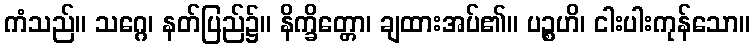
ကံသည်။ သဂ္ဂေ၊ နတ်ပြည်၌။ နိက္ခိတ္တော၊ ချထားအပ်၏။ ပဉ္စဟိ၊ ငါးပါးကုန်သော။